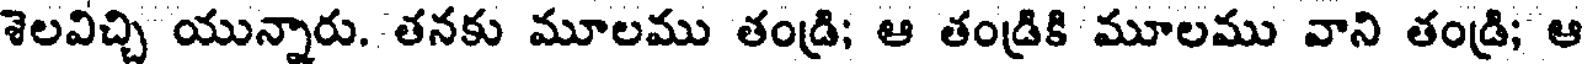
శెలవిచ్చి యున్నారు. తనకు మూలము తండ్రి; ఆ తండ్రికి మూలము వాని తండ్రి; ఆ